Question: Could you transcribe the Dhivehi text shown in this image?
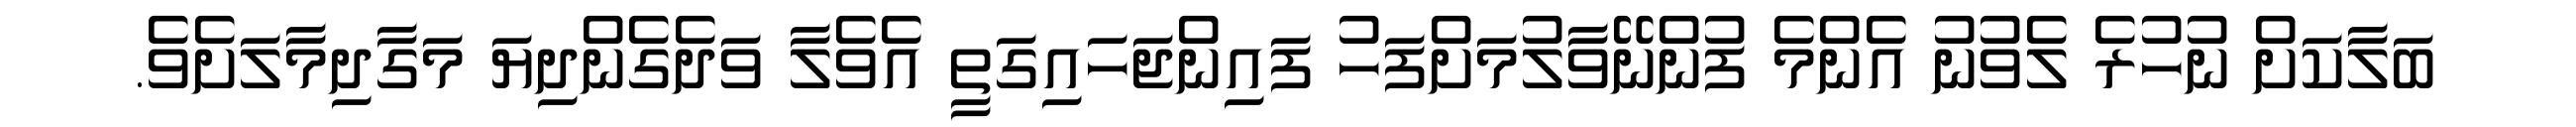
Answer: ބަލާކަށް ނުހުރެ ލެވުނު އެންމެ ފުންނޭވާލުމަށްފަހު ފައިންޖަހައިގަތީ އެވެލާ ވަދެގެންދިޔަ މަގާދިމާލަށެވެ.